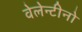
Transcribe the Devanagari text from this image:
वेलेन्टीनो